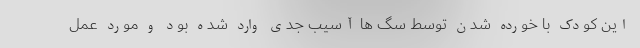
این کودک با خورده شدن توسط سگ ها آسیب جدی وارد شده بود و مورد عمل